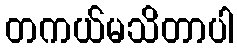
တကယ်မသိတာပါ